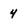
Character: 4